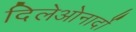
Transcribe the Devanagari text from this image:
दिलेओनार्दो